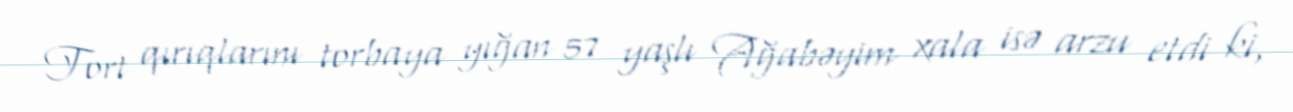
Tort qırıqlarını torbaya yığan 57 yaşlı Ağabəyim xala isə arzu etdi ki,